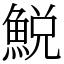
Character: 鮵